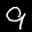
Label: 9